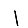
Digit: 1